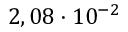
2 , 0 8 \cdot 1 0 ^ { - 2 }